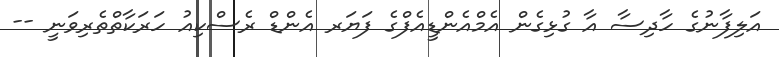
އަލިފާނުގެ ހާދިސާ އާ ގުޅިގެން އެމްއެންޑީއެފްގެ ފަޔަރ އެންޑް ރެސްކިއު ހަރަކާތްތެރިވަނީ --